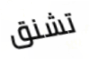
تشنق